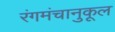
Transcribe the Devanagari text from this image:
रंगमंचानुकूल